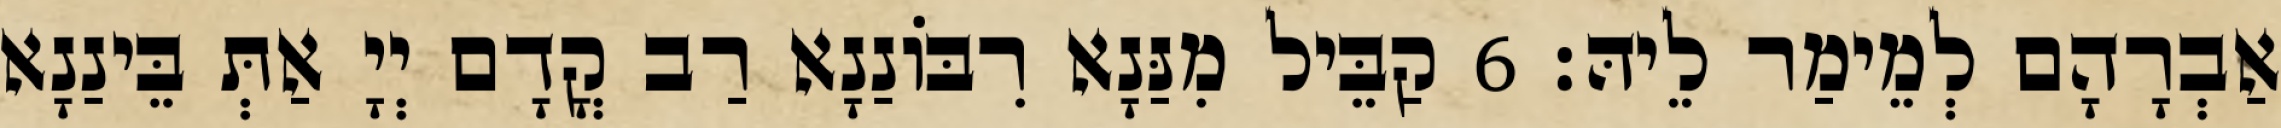
אַבְרָהָם לְמֵימַר לֵיהּ׃ 6 קַבֵּיל מִנַּנָא רִבּוֹנַנָא רַב קֳדָם יְיָ אַתְּ בֵּינַנָא